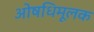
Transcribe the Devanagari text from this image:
ओषधिमूलक